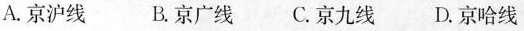
A.京沪线 B.京广线 C.京九线 D.京哈线